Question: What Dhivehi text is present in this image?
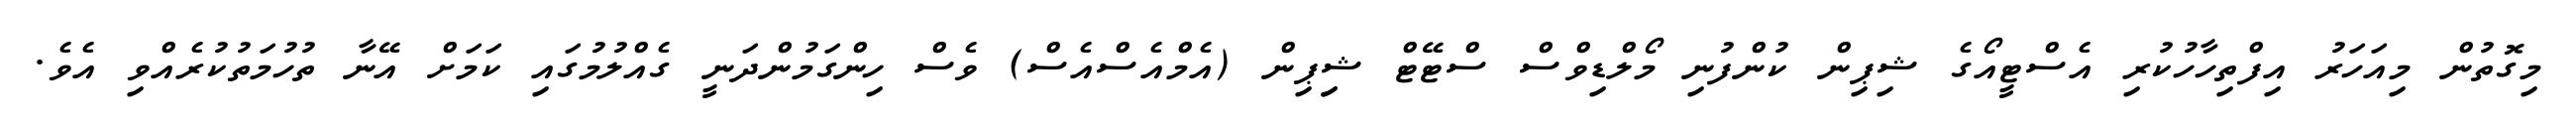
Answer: މިގޮތުން މިއަހަރު އިފްތިހާހުކުރި އެސްޓީއޯގެ ޝިޕިން ކުންފުނި މޯލްޑިވްސް ސްޓޭޓް ޝިިޕިން (އެމްއެސްއެސް) ވެސް ހިންގަމުންދަނީ ގެއްލުމުގައި ކަމަށް އޭނާ ތުހުމަތުކުރެއްވި އެވެ.